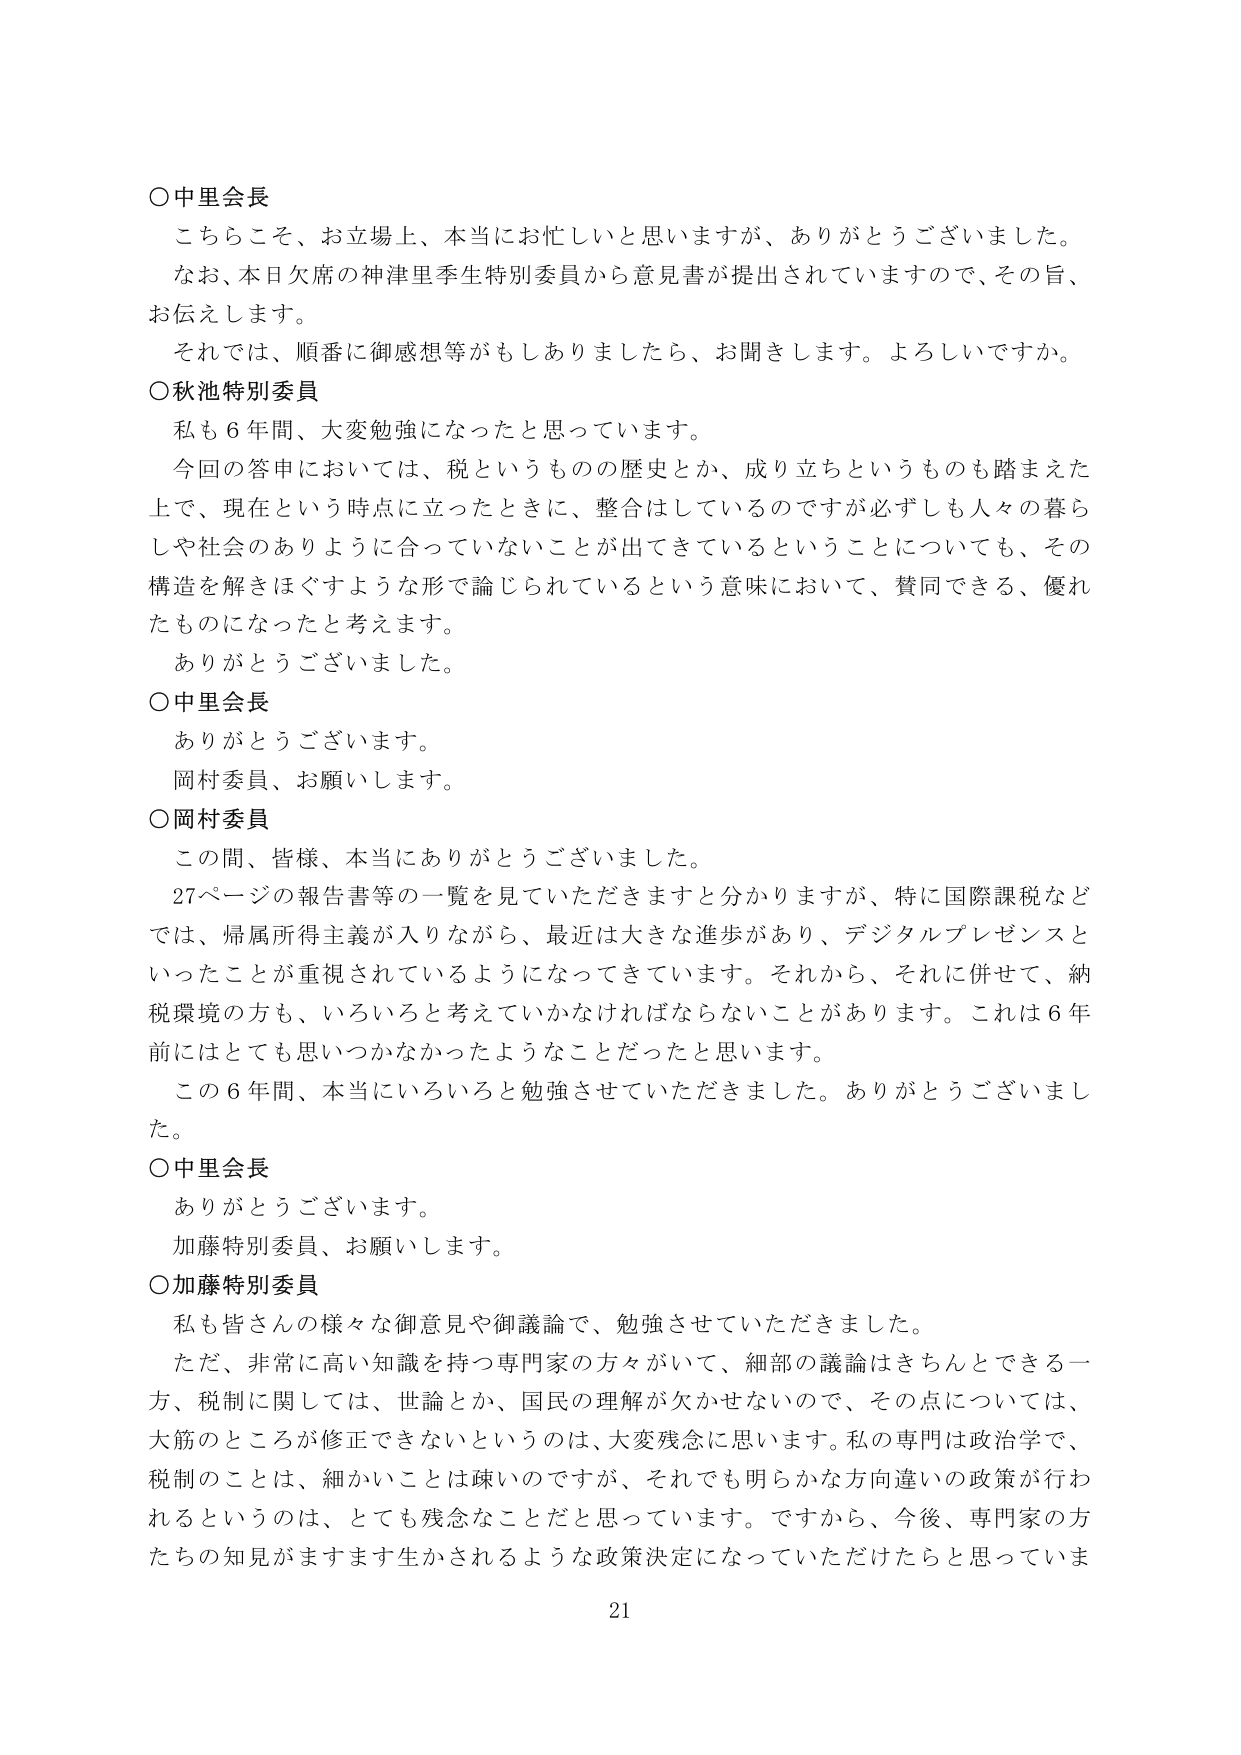
○中里会長
こちらこそ、お立場上、本当にお忙しいと思いますが、ありがとうございました。
なお、本日欠席の神津里季生特別委員から意見書が提出されていますので、その旨、
お伝えします。
それでは、順番に御感想等がもしありましたら、お聞きします。よろしいですか。

○秋池特別委員
私も６年間、大変勉強になったと思っています。
今回の答申においては、税というものの歴史とか、成り立ちというのも踏まえた
上で、現在という時点に立ったときに、整合はしているのですが必ずしも人々の暮ら
しや社会のありように合っていないことが出てきているということについても、その
構造を解きほぐすような形で論じられているという意味において、賛同できる、優れ
たものになったと考えます。
ありがとうございました。

○中里会長
ありがとうございます。
岡村委員、お願いします。

○岡村委員
この間、皆様、本当にありがとうございました。
27ページの報告書等の一覧を見ていただきますと分かりますが、特に国際課税など
では、帰属所得主義が入りながら、最近は大きな進歩があり、デジタルプレゼンスと
いったことが重視されているようになってきています。それから、それに併せて、納
税環境の方も、いろいろと考えていかなければならないことがあります。これは６年
前にはとても思いつかなかったようなことだったと思います。
この６年間、本当にいろいろと勉強させていただきました。ありがとうございました。

○中里会長
ありがとうございます。
加藤特別委員、お願いします。

○加藤特別委員
私も皆さんの様々な御意見や御議論で、勉強させていただきました。
ただ、非常に高い知識を持つ専門家の方々がいて、細部の議論はきちんとできる一
方、税制に関しては、世論とか、国民の理解が欠かせないので、その点については、
大筋のところが修正できないというのは、大変残念に思います。私の専門は政治学で、
税制のことは、細かいことは疎いのですが、それでも明らかな方向違いの政策が行わ
れるというのは、とても残念なことだと思っています。ですから、今後、専門家の方
たちの知見がますます生かされるような政策決定になっていただけたらと思っていま

21